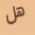
هل